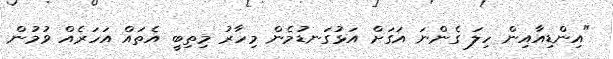
"އިންޑިއާއިން ހިލަ ގެންނަ އަގަށް އަޅުގަނޑުމެން މިހާރު މިތިބީ އެތައް އަހަރެއް ވުމުން